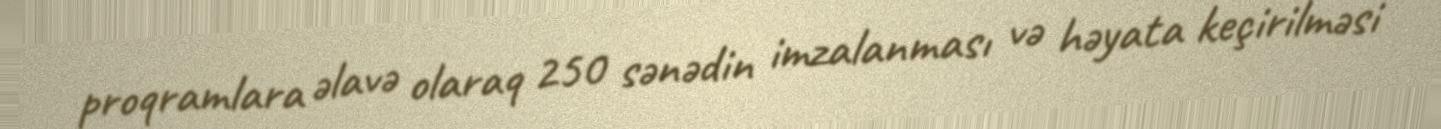
proqramlara əlavə olaraq 250 sənədin imzalanması və həyata keçirilməsi